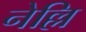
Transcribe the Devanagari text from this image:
नेल्लि